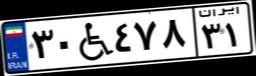
۰۰W۶۰۰۹۷